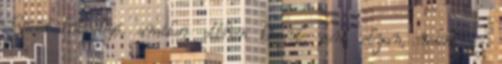
Svéd húsgolyó, amikor otthon készül: pont olyan, mint az